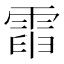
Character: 𩃡